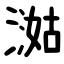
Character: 㵈